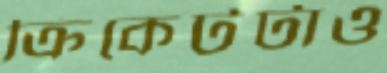
ক্রিকেটটাও